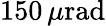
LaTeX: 150\, \mu\mathrm{rad}